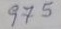
975